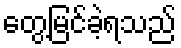
တွေ့မြင်ခဲ့ရသည်